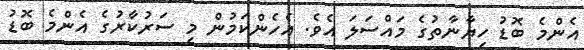
އެންމެ ބޮޑު ހިޔާނާތުގެ މައްސަލަ އެވެ. އެހެންކަމުން މި ސަރުކާރުގެ އެންމެ ބޮޑު